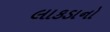
લાકડાનો